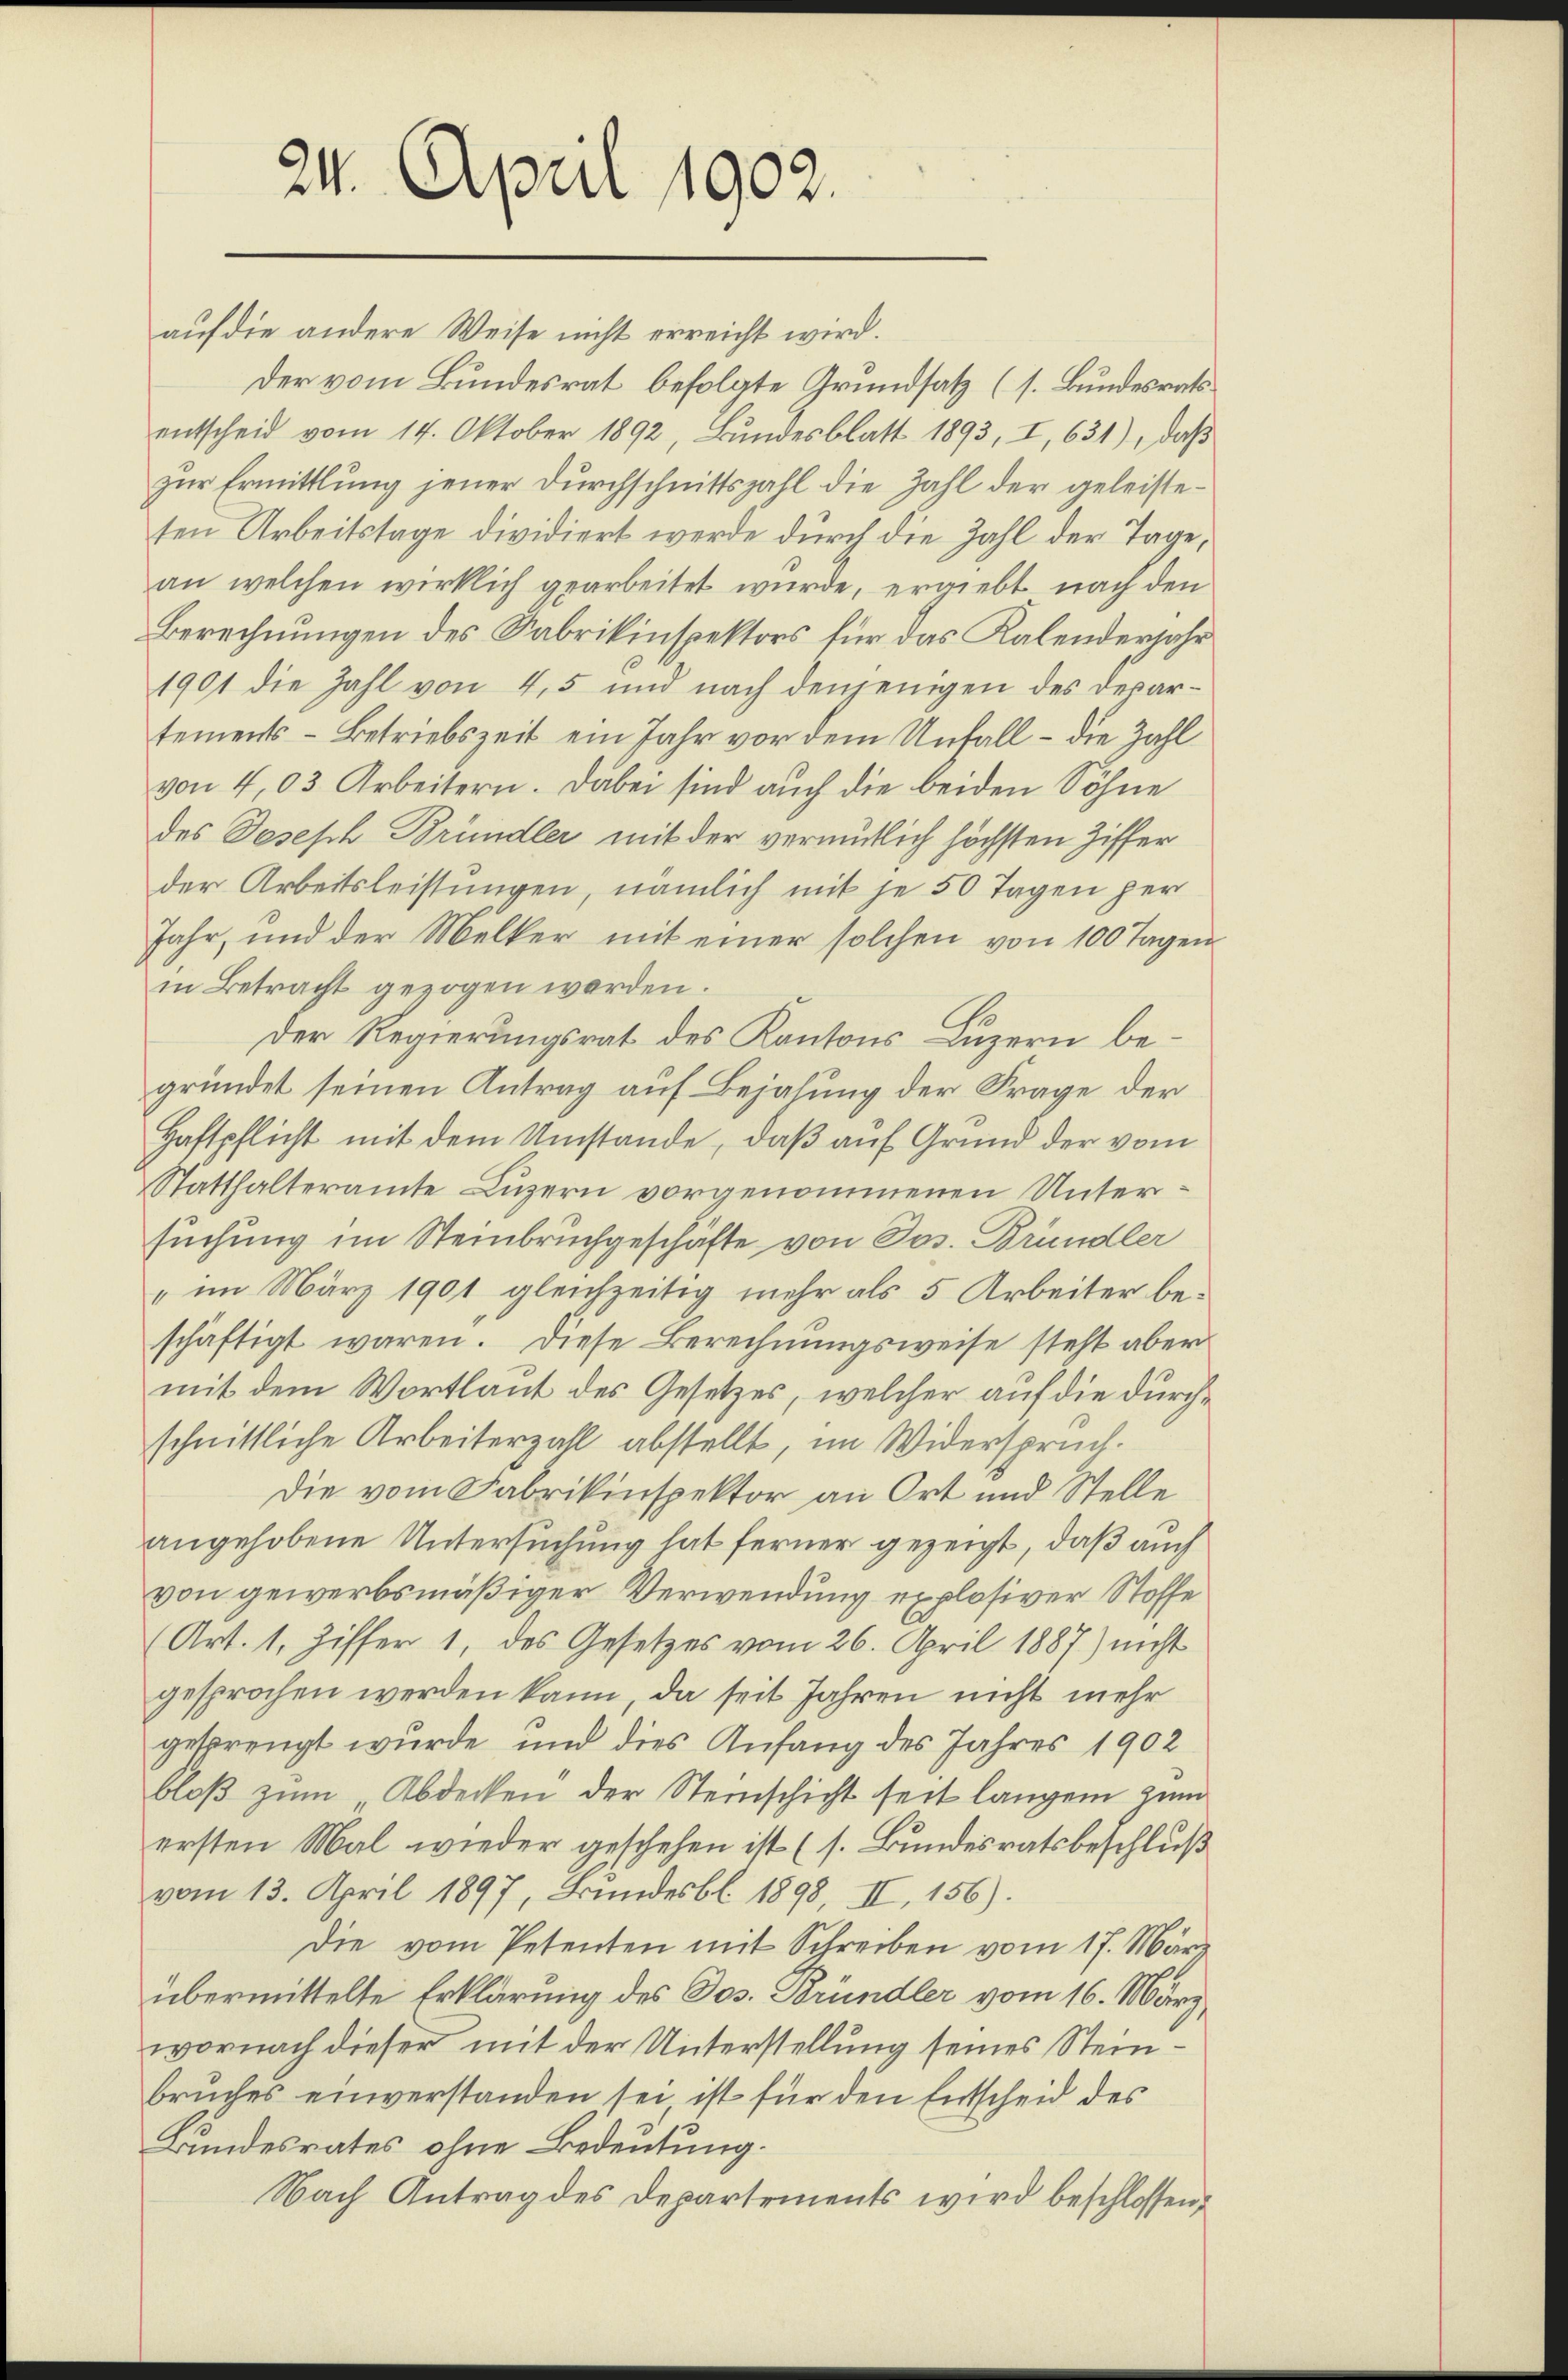
24. April 1902.

auf die andere Weise nicht erreicht wird.
Der vom Bundesrat befolgte Grundsatz (s. Bundesrats
entscheid vom 14. Oktober 1892, Bundesblatt 1893, I, 631), daß
zŭr Ermittlung jener Durchschnittszahl die Zahl der geleisteten Arbeitstage dividiert werde durch die Zahl der Tage,
an welchen wirklich gearbeitet wurde, ergiebt nach den
Berechnungen des Fabrikinspektors für das Kalenderjahr
1901 die Zahl von 4,5 und nach denjenigen des Departements-Betriebszeit ein Jahr vor dem Unfall – die Zahl
von 4,03 Arbeitern. Dabei sind auch die beiden Söhne
des Desisch Bründler mit der vermutlich höchsten Ziffer
der Arbeitsleistungen, nämlich mit je 50 Tagen per
Jahr, und der Melker mit einer solchen von 100 Tagen
in Betracht gezogen werden.
Der Regierungsrat des Kantons Luzern begründet seinen Antrag auf Bejahung der Frage der
Haftpflicht mit dem Umstände, daß auf Grund der vom
Statthalteramte Luzern vorgenommenen Untersuchung im Steinbruchgeschäfte von Jos. Brundler
" im März 1901 gleichzeitig mehr als 5 Arbeiter beschäftigt waren. Diese Berechnŭngsweise steht aber
mit dem Wortlaut des Gesetzes, welcher auf die durchschnittliche Arbeiterzahl abstellt, im Widerspruch.
Die vom Fabrikinspektor an Ort und Stelle
angehobene Untersuchung hat ferner gezeigt, daß auch
von gewerbsmäßiger Verwendung explosiver Stoffe
(Art. 1, Ziffer 1, des Gesetzes vom 26. April 1887) nicht
gesprochen werden kann, da seit Jahren nicht mehr
gesprengt wurde und dies Anfang des Jahres 1902
bloβ zŭm Abdecken der Steinschicht seit langen zum
ersten Mal wieder geschehen ist (s. Bundesratsbeschluß
vom 13. April 1897, Brŭndesbl. 1898, II, 156).
Die vom Petenten mit Schreiben vom 17. März
übermittelte Erklärung des Dos. Bründler vom 16. März,
wornach dieser mit der Unterstellung seines Steinbruches einverstanden sei ist für den Entscheid des
Bundesrates ohne Bedeutung.
Nach Antrag des Departements wird beschlossen,